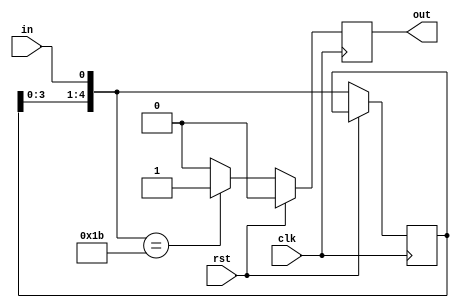
/* the code is for dynamic pattern-overlapping case*/

module dypat(clk, rst, in, out); //without valid signal
input clk, rst, in;
output reg out;
parameter size=5;
reg [size-1:0] pat, cur_pat;

//ov variation 

initial begin
/*$value$plusargs("size=%d",size);
#3;
$value$plusargs("pat=%b",pat);*/
pat=5'b11011;
out=0;
end

always @(posedge clk) begin
	if (rst) begin
		out=0;
		end

	else begin
		cur_pat={cur_pat[size-2:0],in};
		if (cur_pat==pat) begin
			out=1;

		end
		else begin
			out=0;
		end
	end
end
endmodule